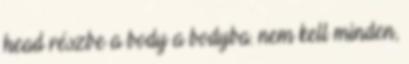
head részbe a body a bodyba. nem kell minden,